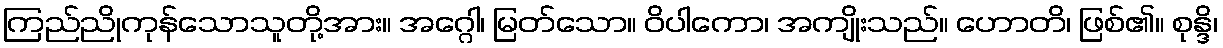
ကြည်ညိုကုန်သောသူတို့အား။ အဂ္ဂေါ၊ မြတ်သော။ ဝိပါကော၊ အကျိုးသည်။ ဟောတိ၊ ဖြစ်၏။ စုန္ဒိ၊